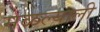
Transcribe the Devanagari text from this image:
मळल्याली